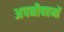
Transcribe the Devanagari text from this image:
अपनीबहनों